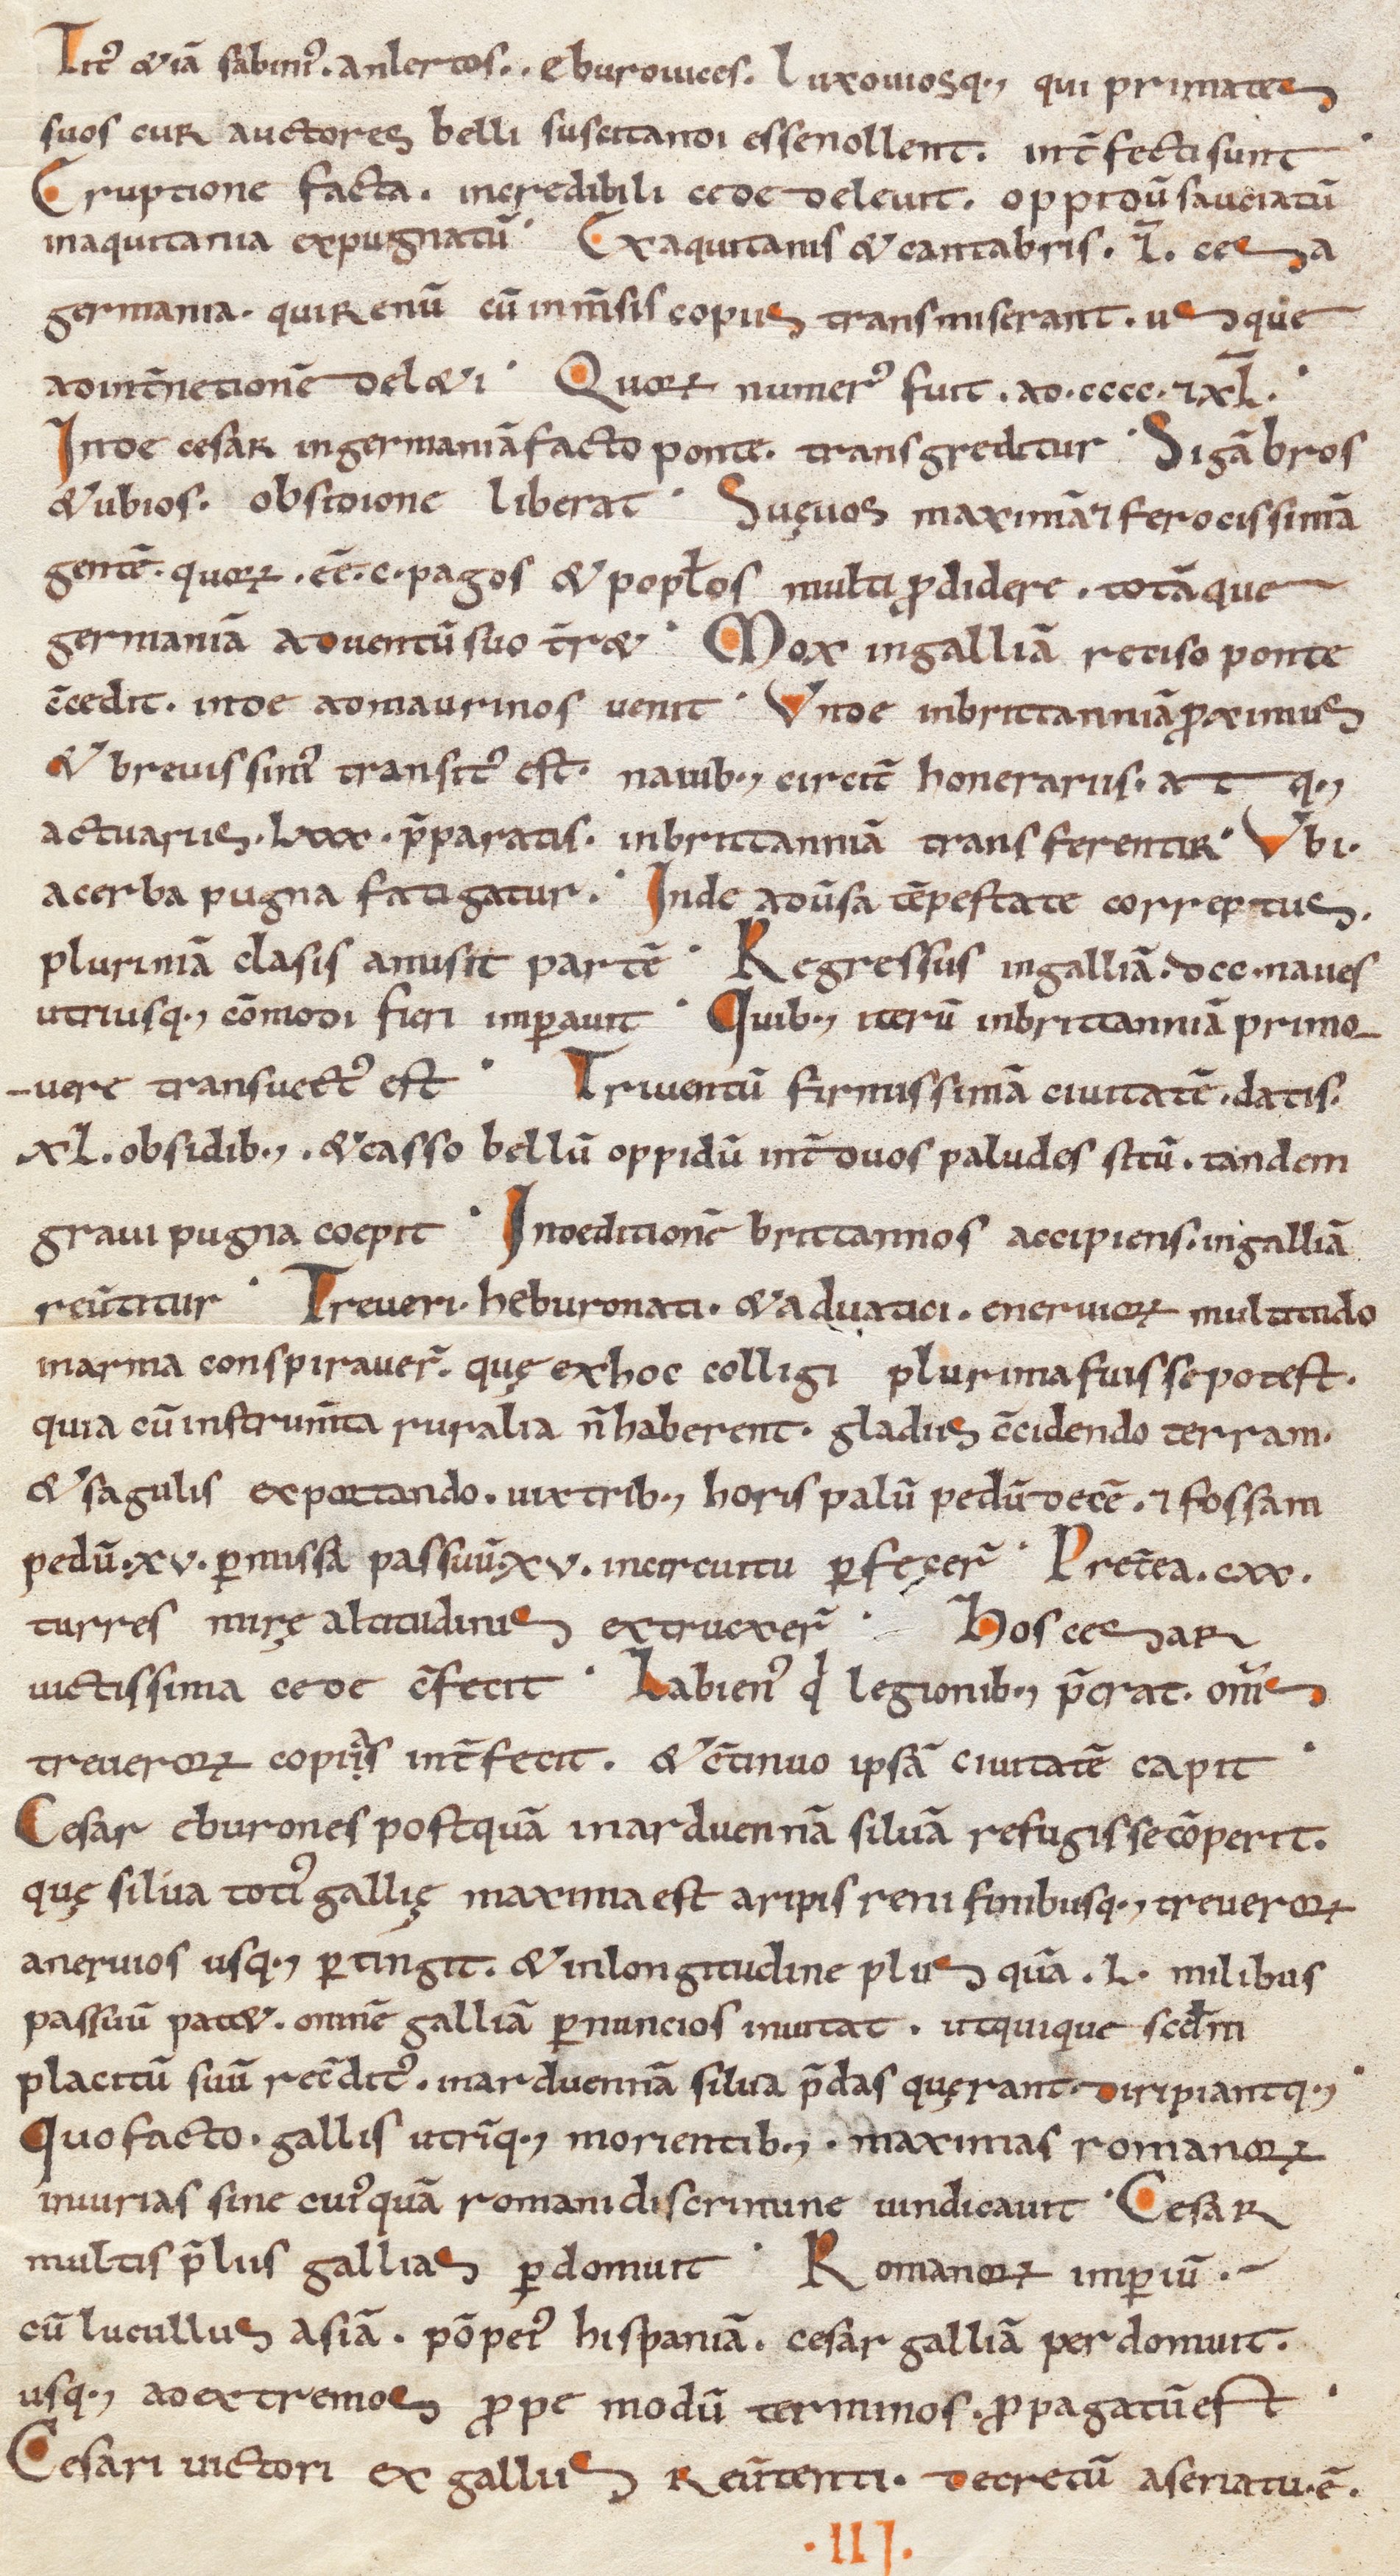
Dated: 1039–1056